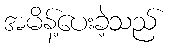
အမိန့်ပေးခဲ့သည်